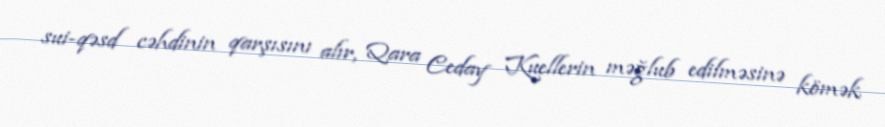
sui-qəsd cəhdinin qarşısını alır, Qara Ceday Kuellerin məğlub edilməsinə kömək